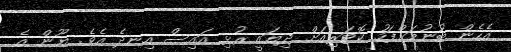
އެހެން ބުނުމަށްފަހު ކޮޓަރިއަށް ދިޔައީ ރުޅި އައިސް އިނދެ އެވެ. ޔޫން އެ